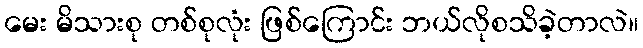
မေး မိသားစု တစ်စုလုံး ဖြစ်ကြောင်း ဘယ်လိုစသိခဲ့တာလဲ။